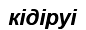
кідіруі